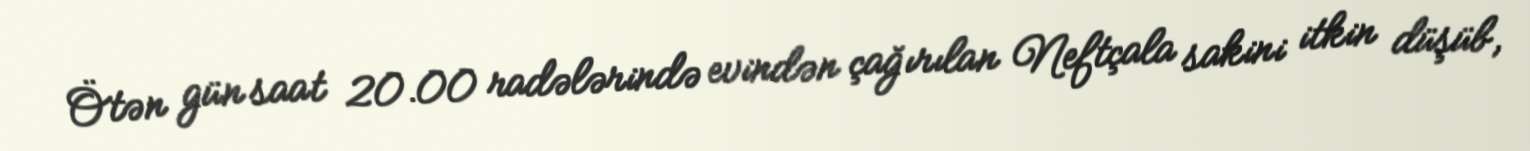
Ötən gün saat 20.00 radələrində evindən çağırılan Neftçala sakini itkin düşüb,